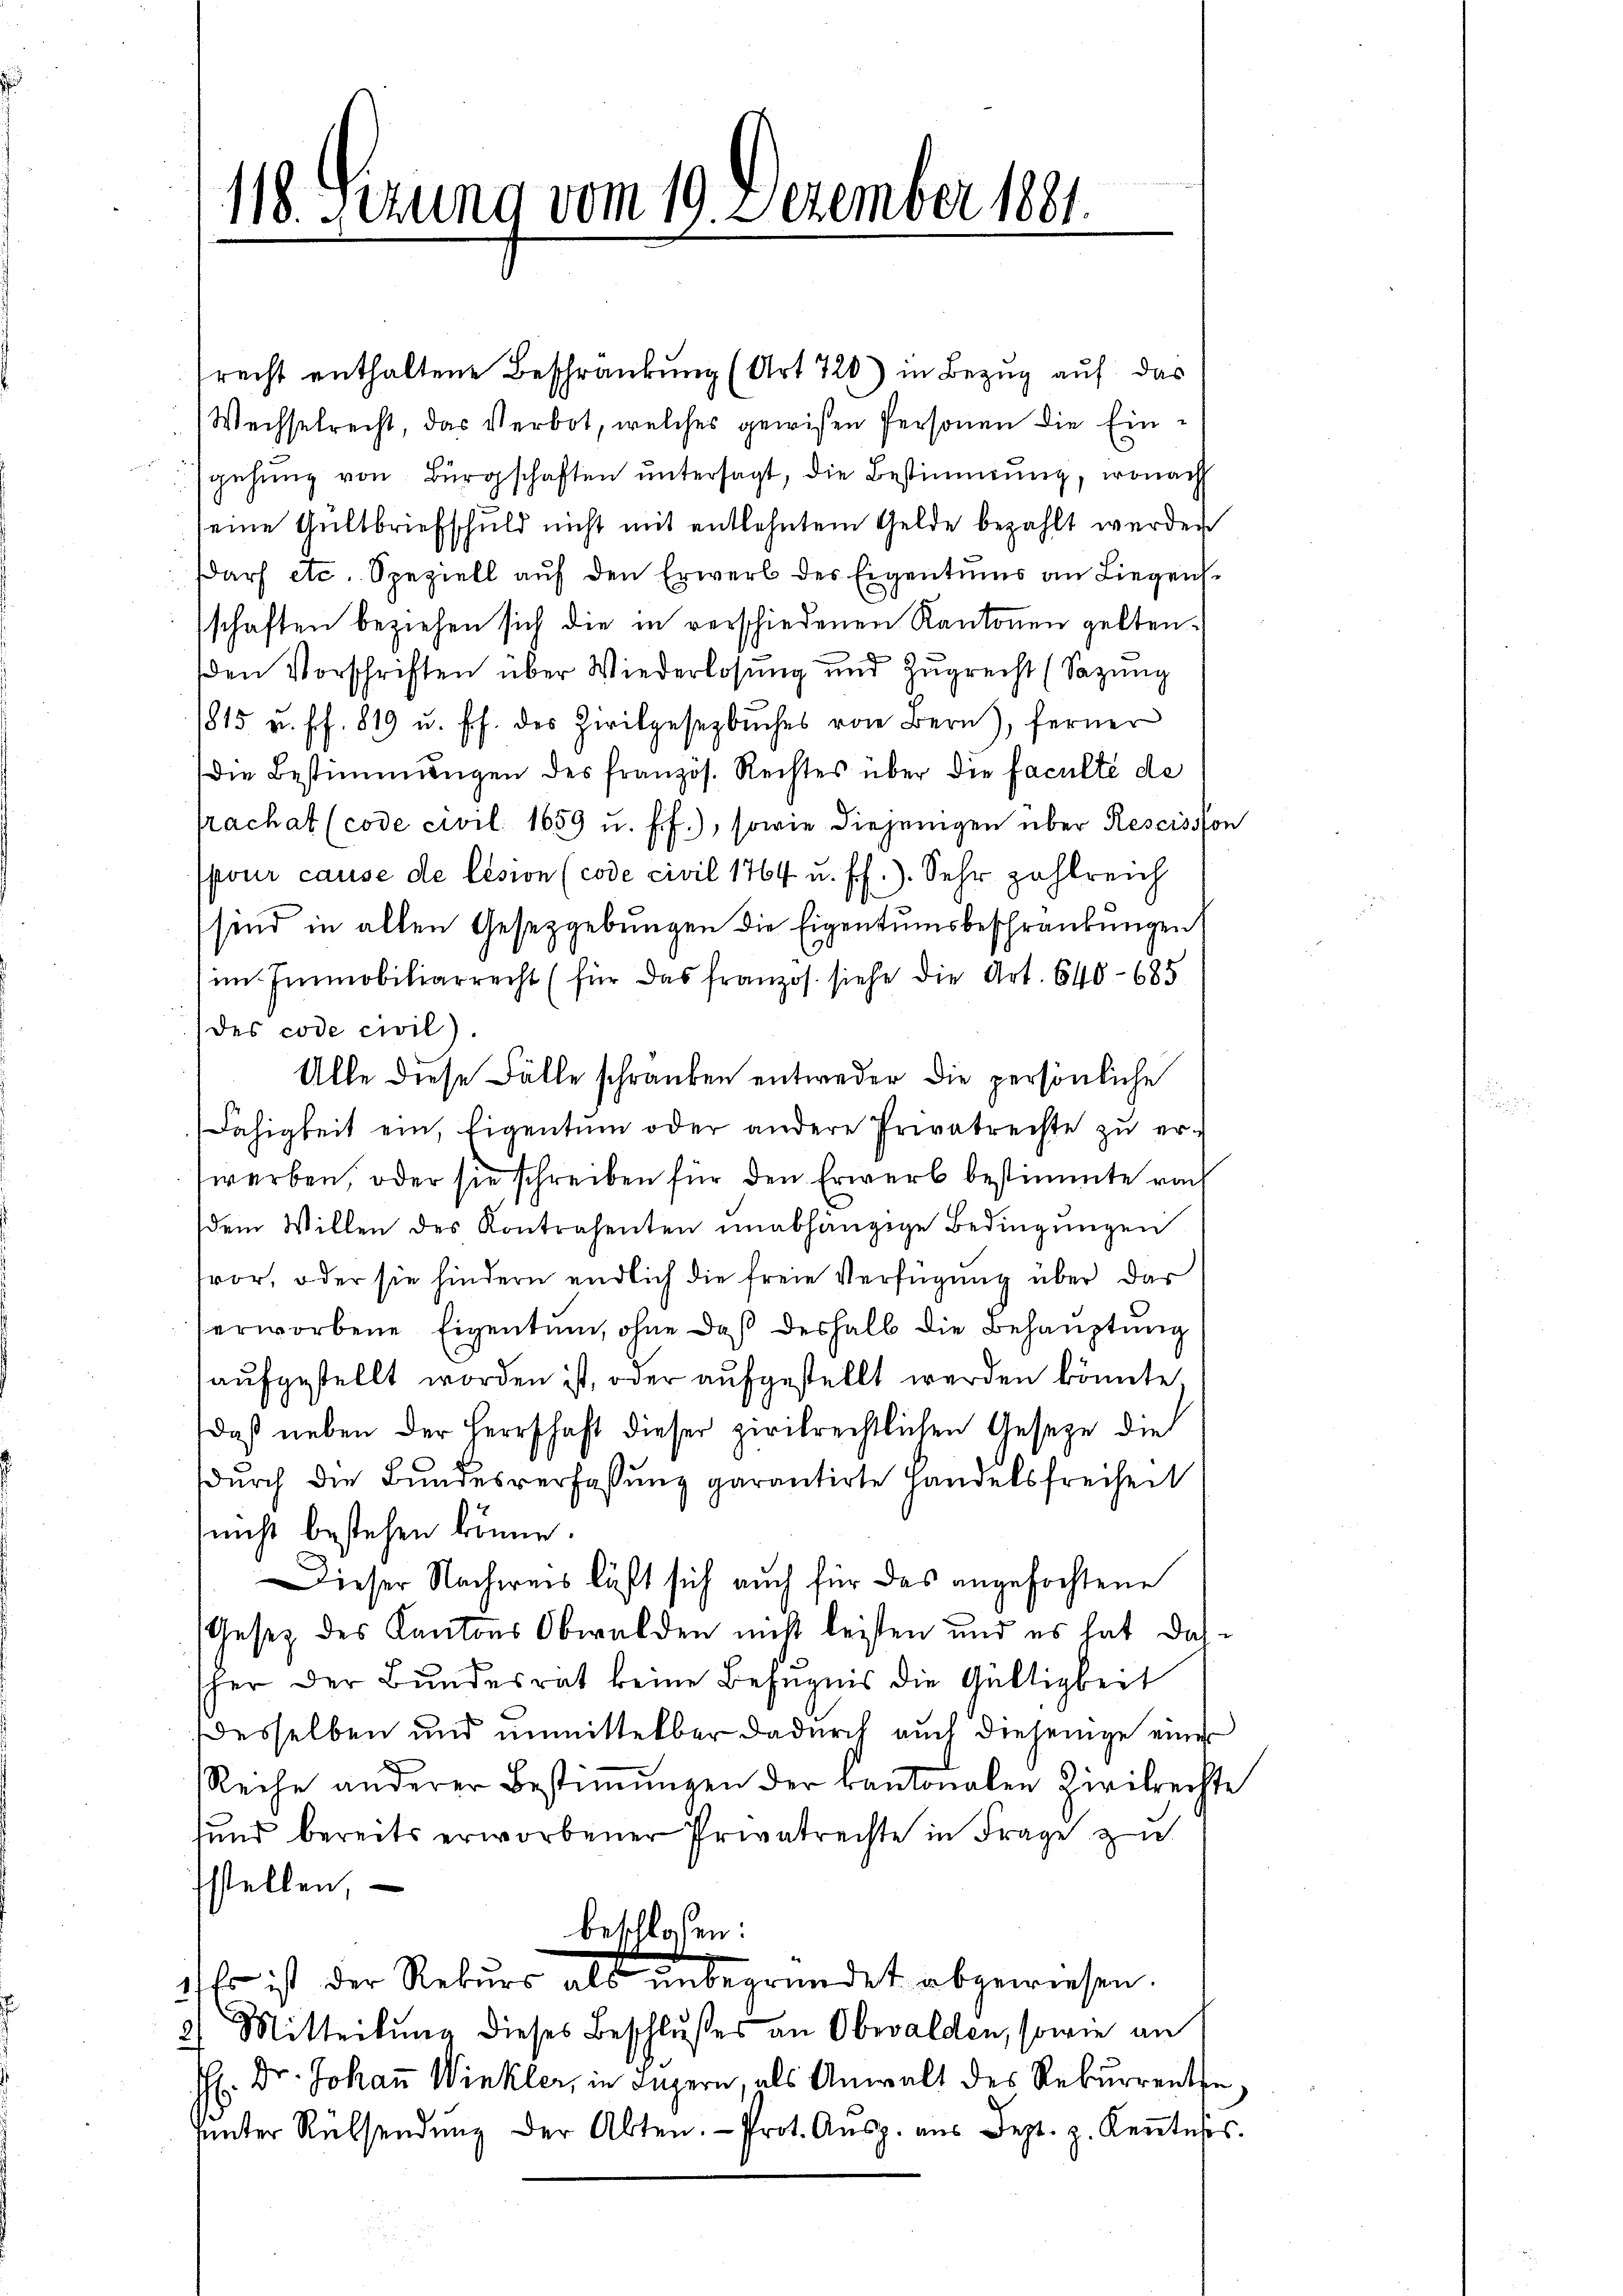
118. Sezung vom 19. Dezember 1881.

srecht enthaltene Beschränkung (Art. 720) in Bezug auf das
Wechselrecht, das Verbot, welches gewisen Personen die Eingehŭng von Bürgschaften ŭntersagt, die Bestimmung, wonach
seine Gültbriefschuld nicht mit entlehntem Gelde bezahlt werden
darf etc. Speziell auf den Erwerb des Eigentums an Liegens.
schaften beziehen sich die in verschiedenen Kantonen gelten,
den Vorschriften über Wiederlosung und Zugrecht (Sazung
1815 u. ff. 819 u. ff. des Zivilgesezbŭches von Bern), ferner
die Bestimmungen des französ. Rechtes über die Faculté de
rachat (code civil. 1659 u. ff.), sowie diejenigen über Rescission
spour cause de lésion (code civil 1764 u. ff.). Sehr zahlreich
sind in allen Gesetzgebungen die Eigentumsbeschränkungen
im Immobiliarrecht (für das franzos. siehe die Art. 640 - 685
des code civil).
Alle diese Fälle schranken entweder die persönliche
Fähigkeit ein, Eigentum oder andere Privatrechte zŭ er-
werben, oder sie schreiben für den Erwerb bestimmte nach
dem Willen des Kontrahenten unabhängige Bedingŭngen
vor, oder sie hindern endlich die freie Verfügung über das
erworbene Eigentum, ohne daß deshalb die Behauptung
aufgestellt worden ist, oder aufgestellt werden könnte.
daß neben der Herrschaft dieser zivilrechtlichen Gesetze die
durch die Bundesverfassung garantirte Handelsfreiheit
nicht bestehen könne.
Dieser Nachweis läßt sich auch für das angefochtene
Gesetz des Kantons Obwalden nicht leisten und es hat das
sher der Bundesrat keine Befugnis die Gültigkeit
desselben und unmittelbar dadurch auch diejenige einer
Reihe anderer Bestiṁŭngen der kantonalen Zivilrechte
sund bereits erworbener Privatrechte in Frage z
sstellen,
beschlosen:
1 Er ist der Rekurs als unbegründet abgewiesen.
2) Mitteilung dieses Beschlußes an Obwalden, sowie an
H. Dr. Johaṅ Winkler, in Ingern, als Anwalt des Rekurrente
ŭŭnter Rüksendŭng der Abten. Prot. Aŭsp. aŭs Dez. z. Keṅtes.